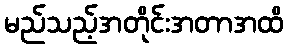
မည်သည့်အတိုင်းအတာအထိ